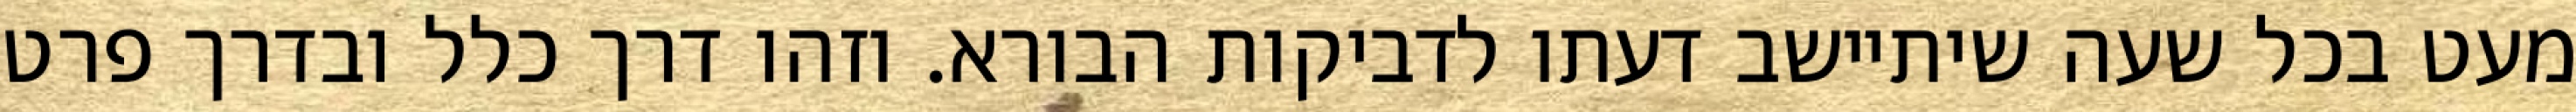
מעט בכל שעה שיתיישב דעתו לדביקות הבורא. וזהו דרך כלל ובדרך פרט